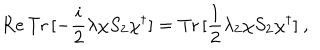
\mathrm { R e } \, \mathrm { T r } \, [ - \frac { i } { 2 } \lambda \chi S _ { 2 } \chi ^ { \dagger } ] = \mathrm { T r } \, [ \frac { 1 } { 2 } \lambda _ { 2 } \chi S _ { 2 } \chi ^ { \dagger } ] ~ ,